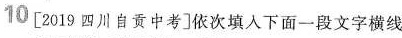
10 [2019四川自贡中考]依次填入下面一段文字横线